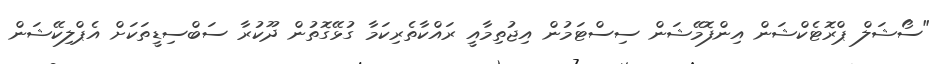
"ސޯޝަލް ޕްރޮޓެކްޝަން އިންފޮމޭޝަން ސިސްޓަމުން އިޖުތިމާއީ ރައްކާތެރިކަމާ ގުޅޭގޮތުން ދޫކުރާ ސަބްސިޑީތަކަށް އެޕްލިކޭޝަން